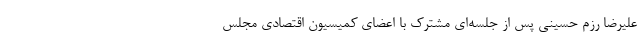
علیرضا رزم حسینی پس از جلسه‌ای مشترک با اعضای کمیسیون اقتصادی مجلس